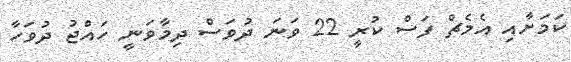
ކަމަށާއި އެމެޗް ފަސް ކުރީ 22 ވަނަ ދުވަސް ދިމާވަނީ ހައްޖު ދުވަހާ